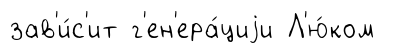
зав'и́с'ит г'ен'ера́циjи Л'ю́ком